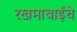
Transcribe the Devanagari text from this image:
रखमाबाईंचे